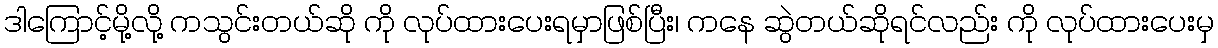
ဒါကြောင့်မို့လို့ ကသွင်းတယ်ဆို ကို လုပ်ထားပေးရမှာဖြစ်ပြီး၊ ကနေ ဆွဲတယ်ဆိုရင်လည်း ကို လုပ်ထားပေးမှ